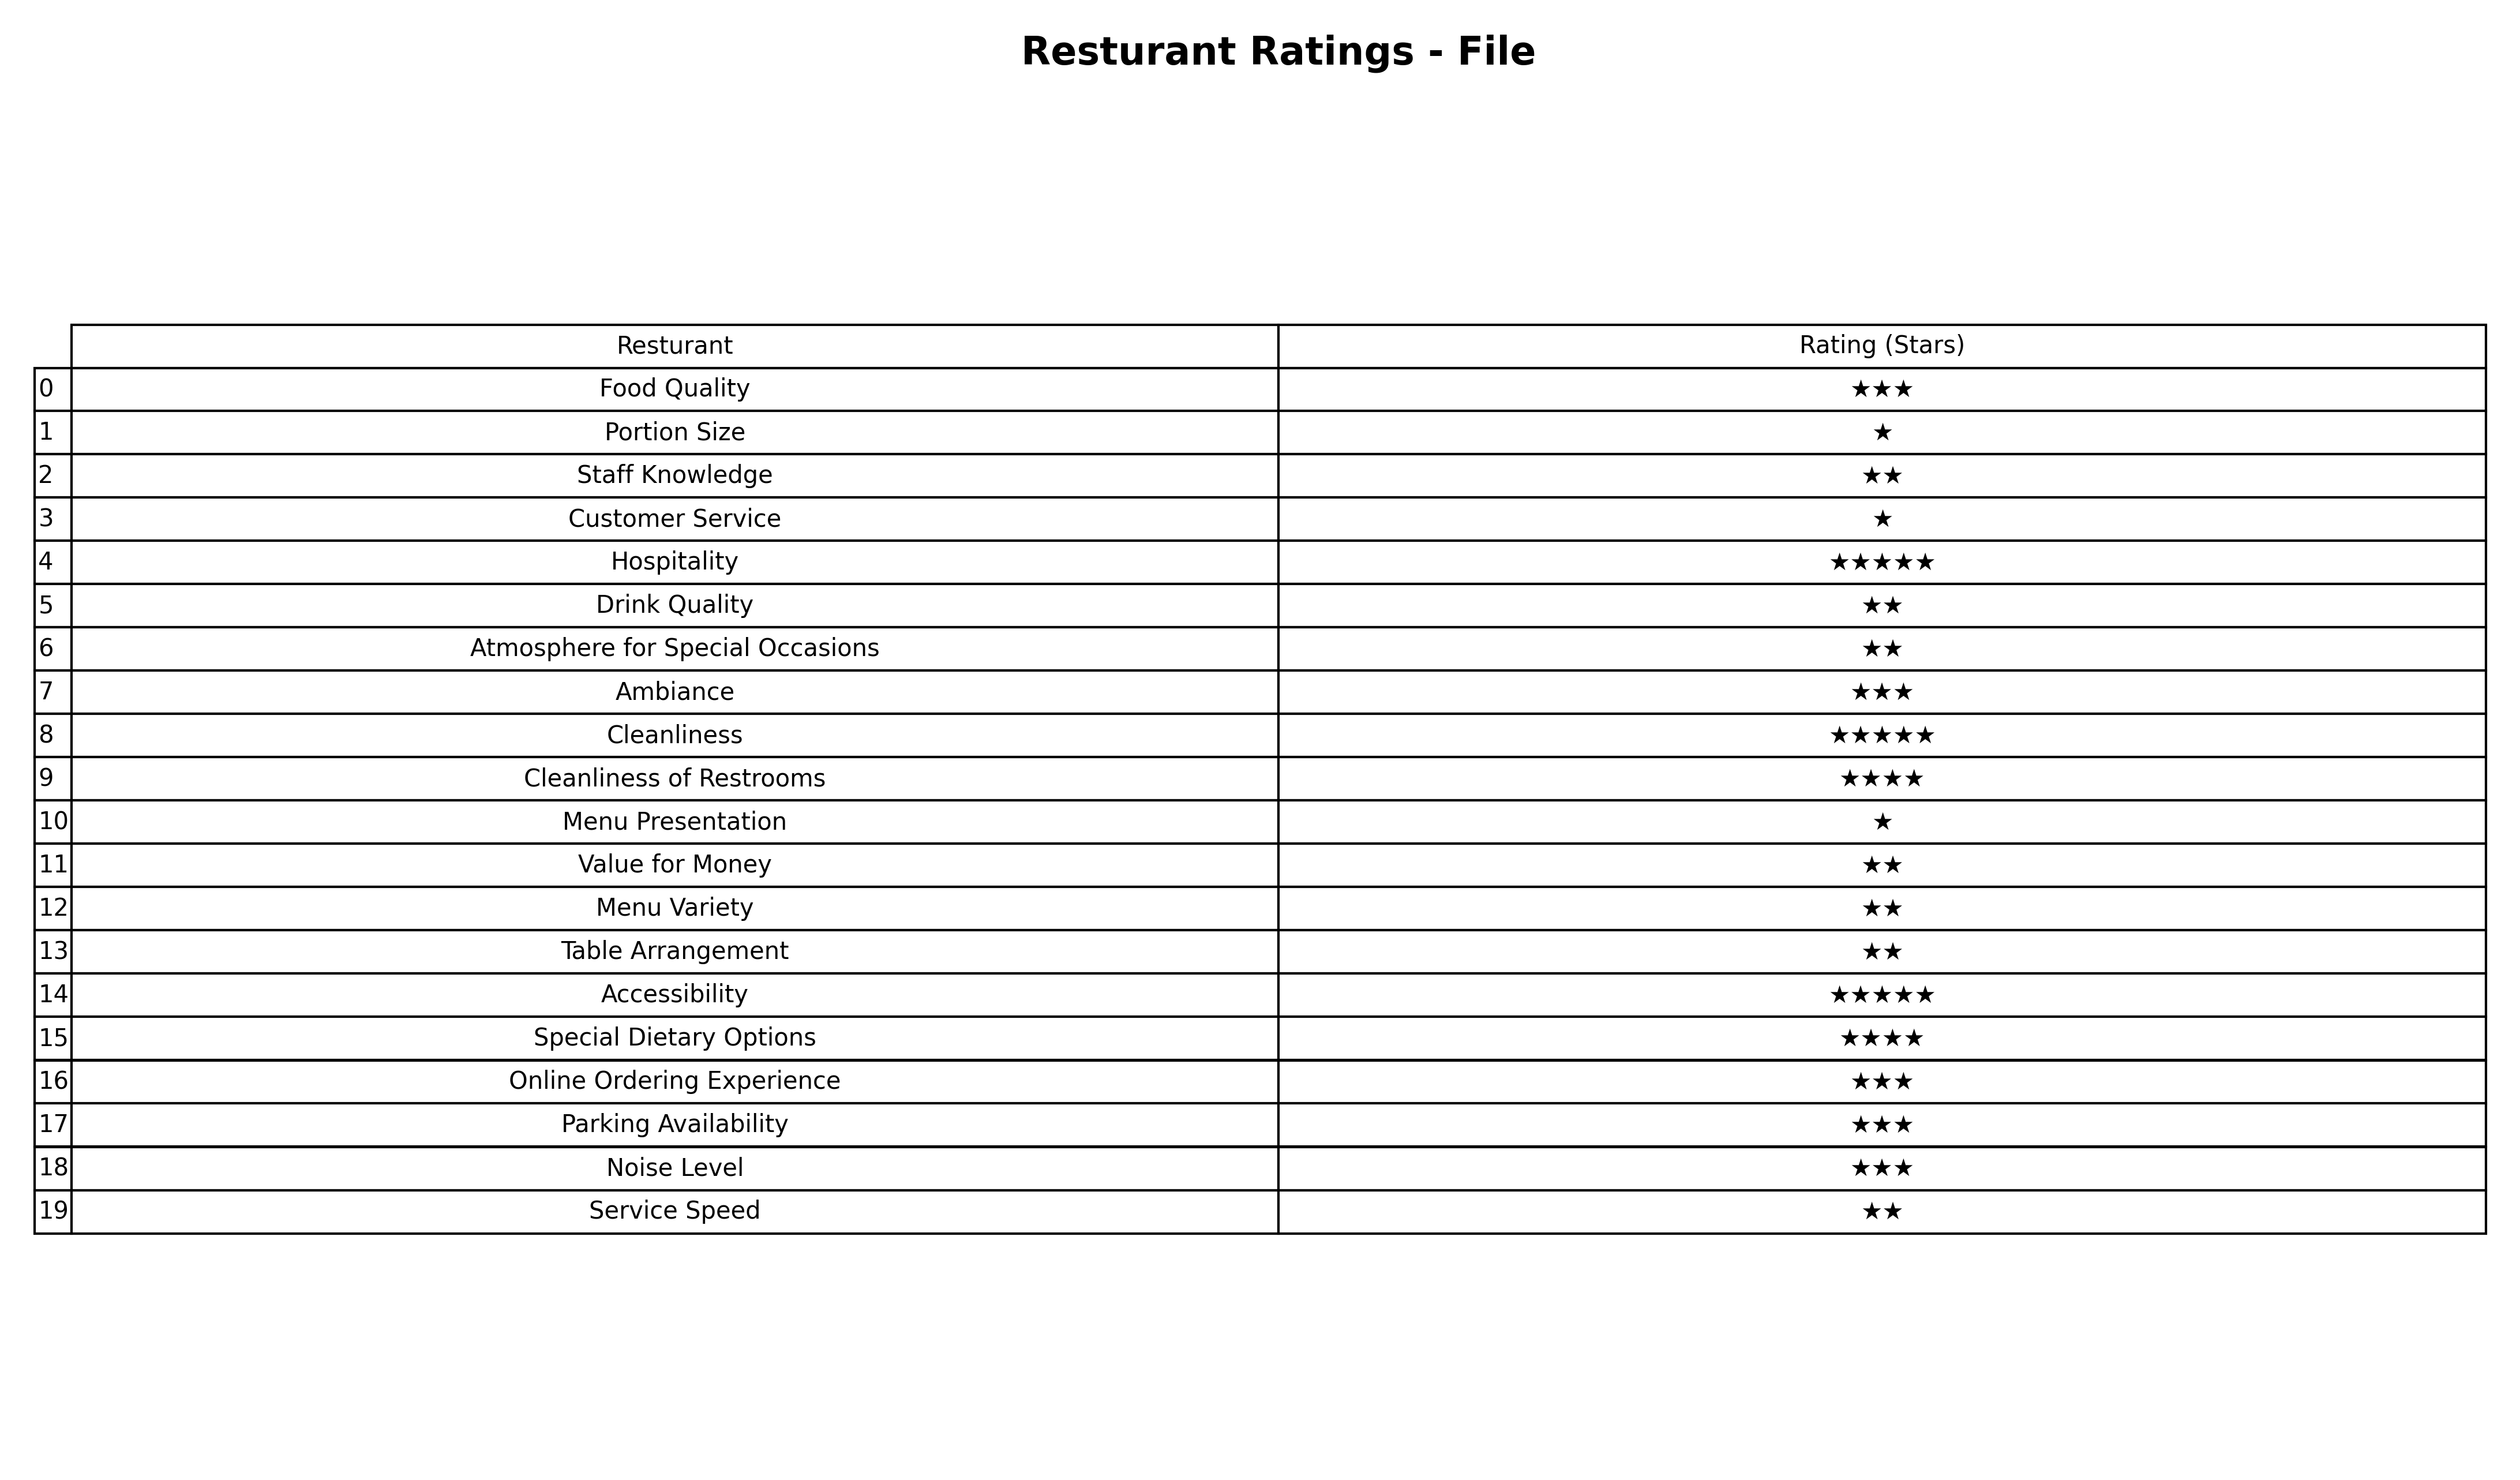
question: What are one star services?
answer: Portion SizeCustomer ServiceMenu Presentation